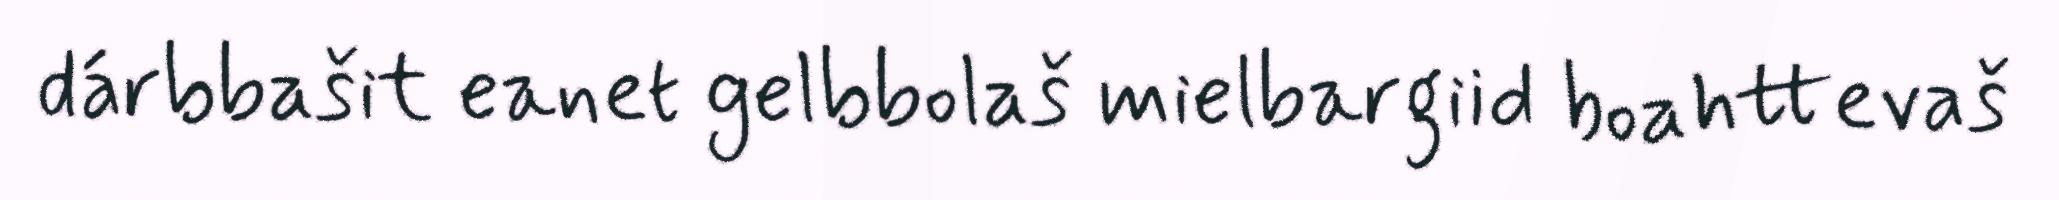
dárbbašit eanet gelbbolaš mielbargiid boahttevaš